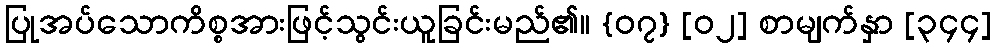
ပြုအပ်သောကိစ္စအားဖြင့်သွင်းယူခြင်းမည်၏။ {၀၇} [၀၂] စာမျက်နှာ [၃၄၄]